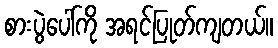
စားပွဲပေါ်ကို အရင်ပြုတ်ကျတယ်။